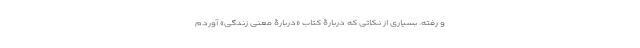
و رُفته. بسیاری از نکاتی که دربارۀ کتاب «دربارۀ معنی زندگی» آوردم